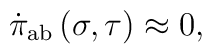
\dot \pi _{{\rm ab}}\left( \sigma ,\tau \right) \approx 0,